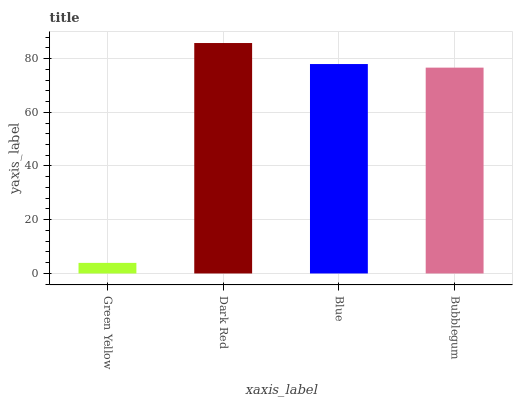
| xaxis_label | bars |
 | --- | --- |
 | Green Yellow | 3.94 |
 | Dark Red | 85.8 |
 | Blue | 78 |
 | Bubblegum | 76.6 |